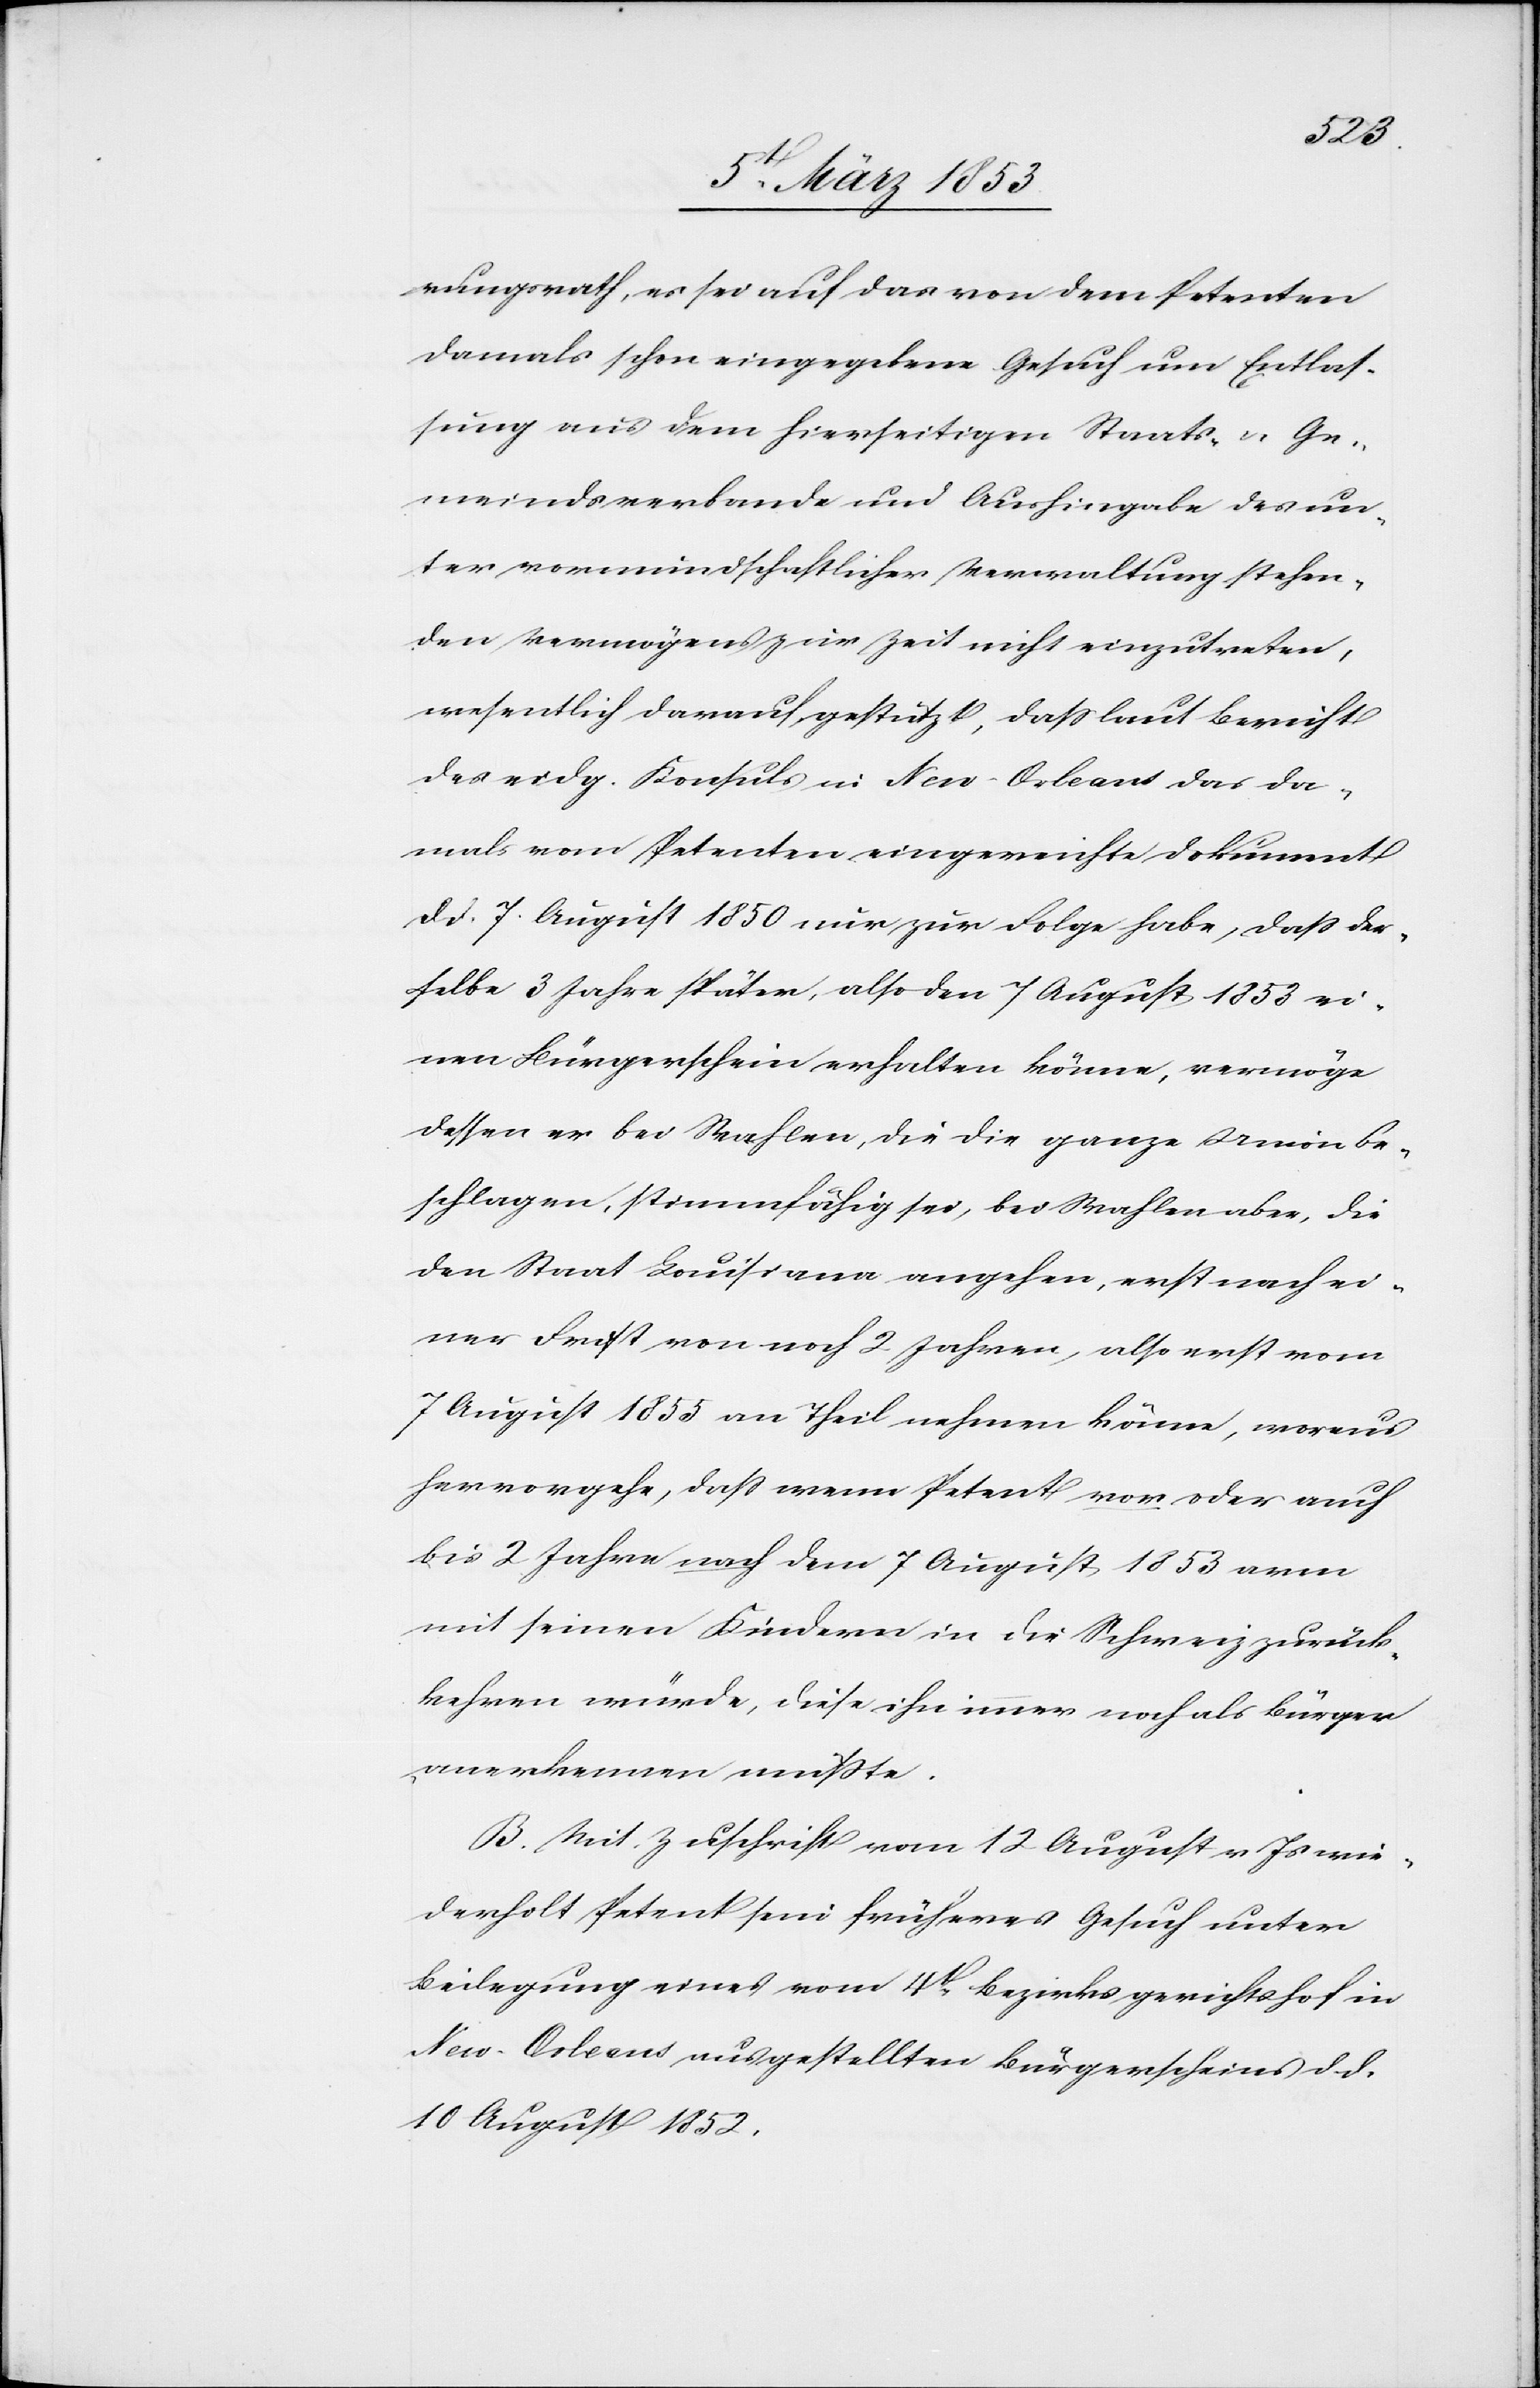
rungsrath, es sei auf das von dem Petenten
damals schon eingegebene Gesuch um Entlas¬
sung aus dem hierseitigen Staats- u. Ge¬
meindsverbande und Aushingabe des un¬
ter vormundschaftlicher Verwaltung stehen¬
den Vermögens zur Zeit nicht einzutreten,
wesentlich darauf gestützt, daß laut Bericht
des eidg. Konsuls in Neu-Orleans das da¬
mals vom Petenten eingereichte Dokument
d. d. 7. August 1850 nur zur Folge habe, daß der¬
selbe 3 Jahre später, also den 7 August 1853 ei¬
nen Bürgerschein erhalten könne, vermöge
dessen er bei Wahlen, die die ganze Union be¬
schlagen, stimmfähig sei, bei Wahlen aber, die
den Staat Lousiana angehen, erst nach ei¬
ner Frist von noch 2 Jahren, also erst vom
7 August 1855 an Theil nehmen könne, woraus
hervorgehe, daß wenn Petent von oder auch
bis 2 Jahre nach dem 7 August 1853 arm
mit seinen Kindern in die Schweiz zurück¬
kehren würde, diese ihn immer noch als Bürger
anerkennen müßte.
Mit Zuschrift vom 12 August v. Js. wie¬
derholt Petent sein früheres Gesuch unter
Beilegung eines vom 4t. Bezirksgerichtshof in
Neu-Orleans ausgestellten Bürgerscheins d. d.
10 August 1852.